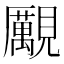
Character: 𧢝